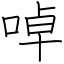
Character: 啅